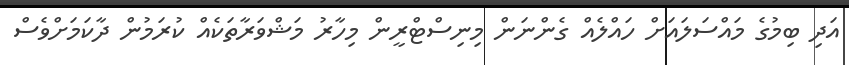
އަދި ބިމުގެ މައްސަލައަށް ހައްލެއް ގެންނަން މިނިސްޓްރީން މިހާރު މަޝްވަރާތަކެއް ކުރަމުން ދާކަމަށްވެސް